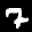
Label: 7